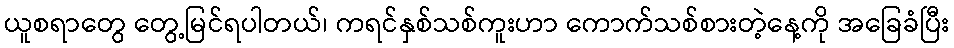
ယူစရာတွေ တွေ့မြင်ရပါတယ်၊ ကရင်နှစ်သစ်ကူးဟာ ကောက်သစ်စားတဲ့နေ့ကို အခြေခံပြီး